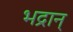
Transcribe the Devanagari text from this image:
भद्रान्